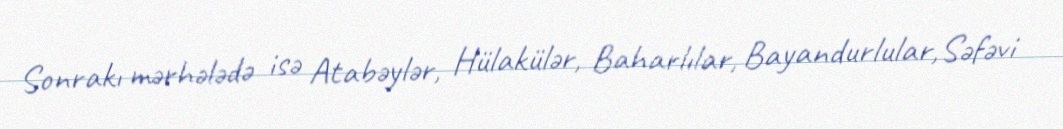
Sonrakı mərhələdə isə Atabəylər, Hülakülər, Baharlılar, Bayandurlular,Səfəvi